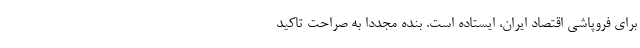
برای فروپاشی اقتصاد ایران، ایستاده است. بنده مجددا به صراحت تاکید